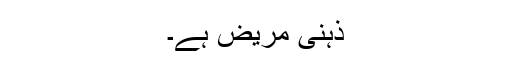
ذہنی مریض ہے۔